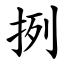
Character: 挒